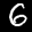
Label: 6